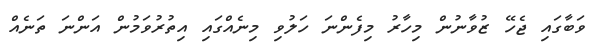
ވަބާގައި ޖެހޭ ޒުވާނުން މިހާރު މިފެންނަ ހަލުވި މިނެއްގައި އިތުރުވަމުން އަންނަ ތަނެއް